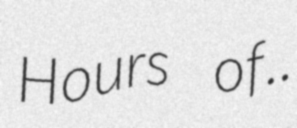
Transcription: Hours of..